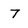
Character: 7